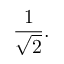
{ \frac { 1 } { \sqrt { 2 } } } .